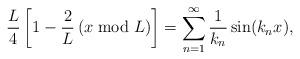
LaTeX: \begin{align*}\frac{L}{4}\left[ 1-\frac{2}{L}\left(x\bmod L\right)\right] = \sum_{n=1}^\infty \frac{1}{k_n}\sin(k_n x),\end{align*}